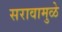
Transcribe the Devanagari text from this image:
सरावामुळे